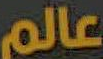
عالم